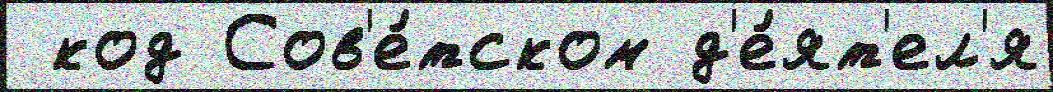
 код Сов'е́тском д'е́ят'ел'я